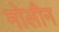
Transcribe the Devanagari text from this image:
मोलीन